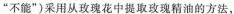
”不能”)采用从玫瑰花中提取玫瑰精油的方法，